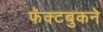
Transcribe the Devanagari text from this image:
फॅक्टबुकने